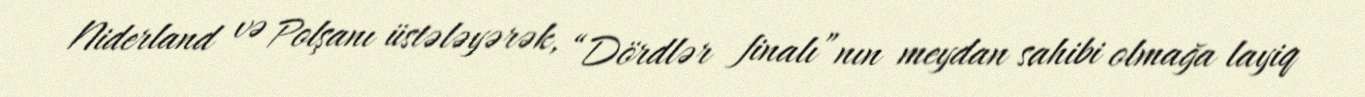
Niderland və Polşanı üstələyərək, “Dördlər finalı”nın meydan sahibi olmağa layiq